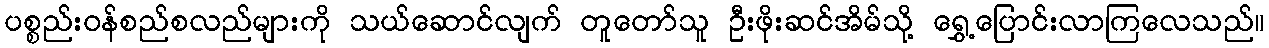
ပစ္စည်းဝန်စည်စလည်များကို သယ်ဆောင်လျက် တူတော်သူ ဦးဖိုးဆင်အိမ်သို့ ရွှေ့ပြောင်းလာကြလေသည်။